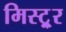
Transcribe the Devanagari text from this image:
मिस्ट्र्र्र्र